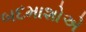
બદમાશોએ